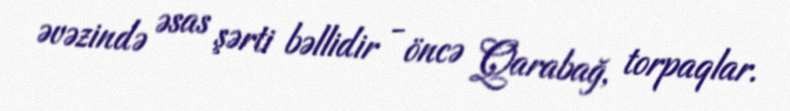
əvəzində əsas şərti bəllidir - öncə Qarabağ, torpaqlar.